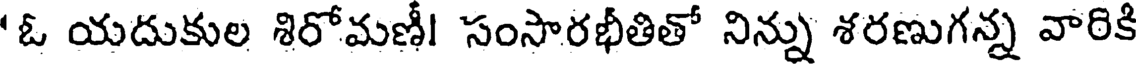
'ఓ యదుకుల శిరోమణీ! సంసారభీతితో నిన్ను శరణుగన్న వారికి